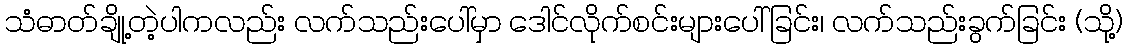
သံဓာတ်ချို့တဲ့ပါကလည်း လက်သည်းပေါ်မှာ ဒေါင်လိုက်စင်းများပေါ်ခြင်း၊ လက်သည်းခွက်ခြင်း (သို့)